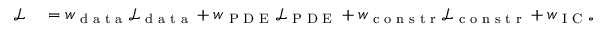
\begin{array} { r l } { \mathcal { L } } & { { } = w _ { \textrm { d a t a } } \mathcal { L } _ { \textrm { d a t a } } + w _ { \textrm { P D E } } \mathcal { L } _ { \textrm { P D E } } + w _ { \textrm { c o n s t r } } \mathcal { L } _ { \textrm { c o n s t r } } + w _ { \textrm { I C } } \mathcal { L } _ { \textrm { I C } } \, , } \end{array}